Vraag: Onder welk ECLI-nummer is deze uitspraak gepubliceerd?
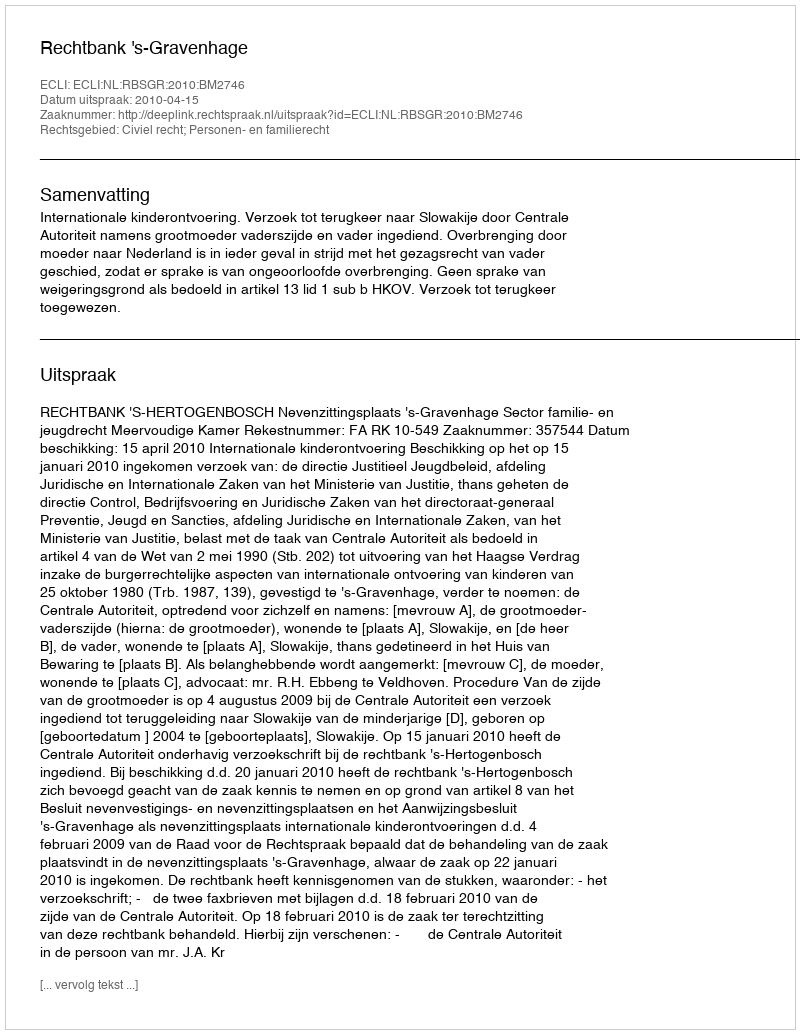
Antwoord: ECLI:NL:RBSGR:2010:BM2746